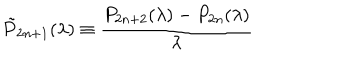
LaTeX: \tilde { P } _ { 2 n + 1 } ( \lambda ) \equiv \frac { P _ { 2 n + 2 } ( \lambda ) - P _ { 2 n } ( \lambda ) } { \lambda }